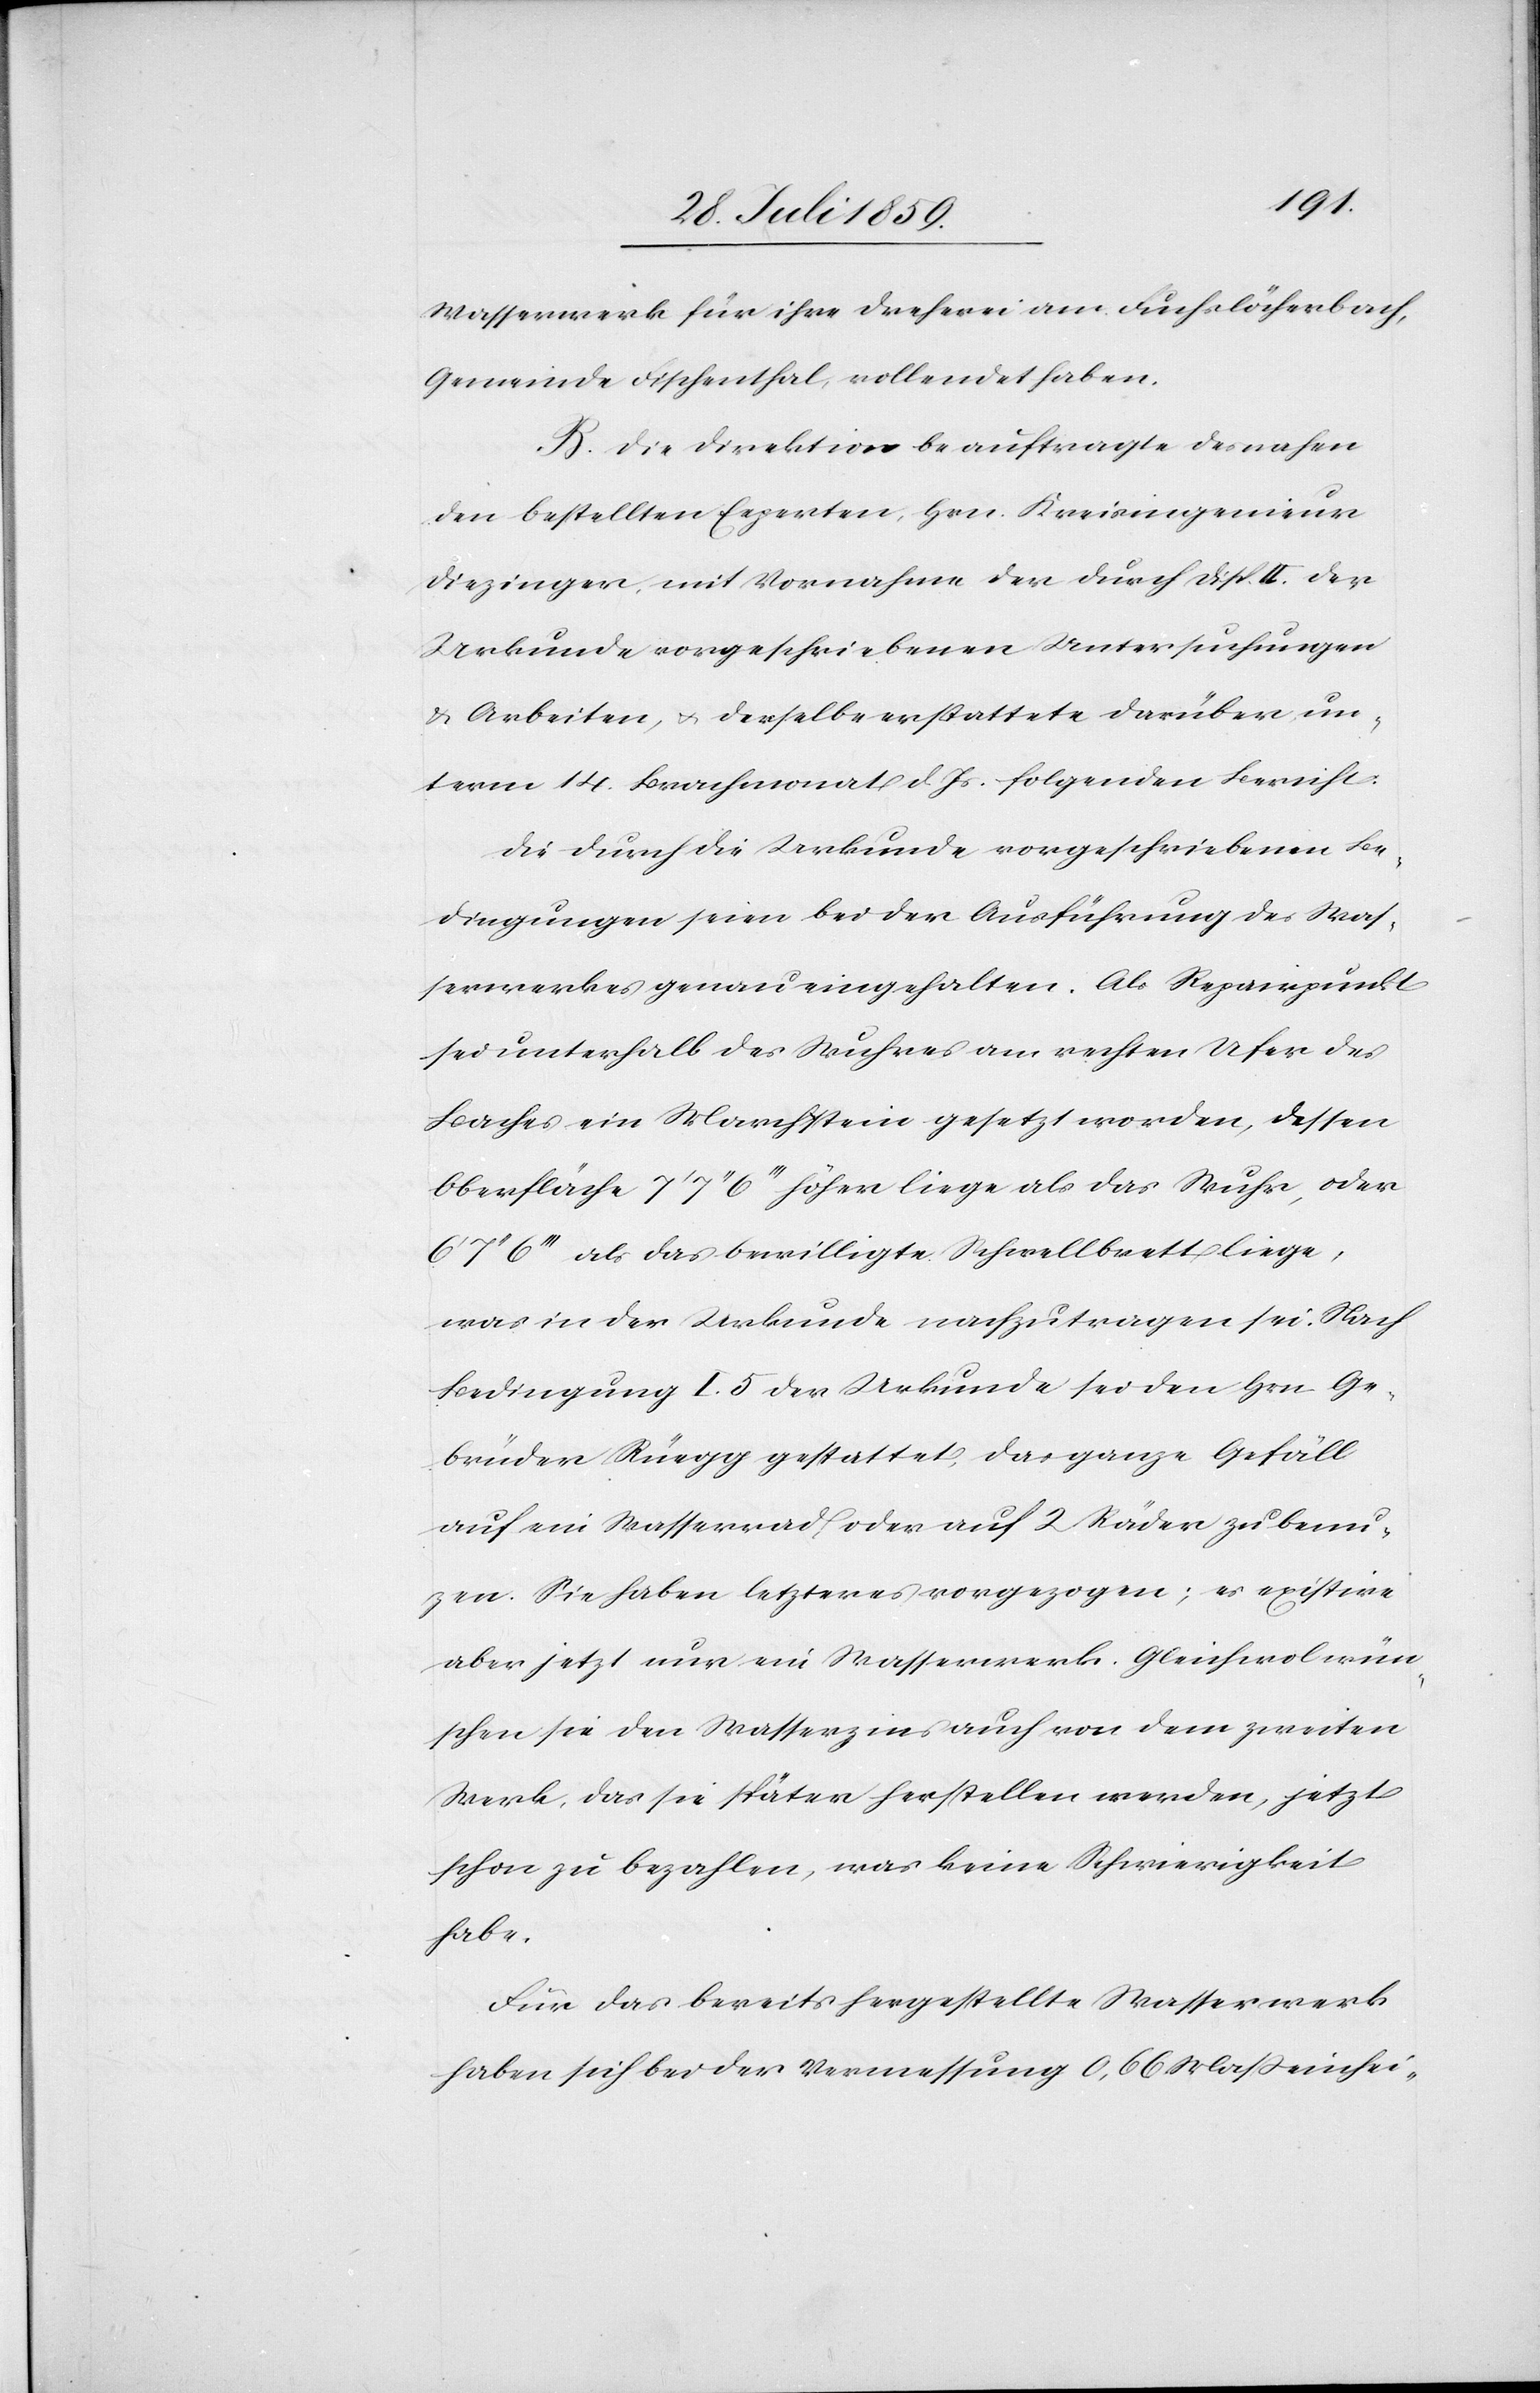
Wasserwerk für ihre Dreherei am Fuchslöcherbach,
Gemeinde Fischenthal, vollendet haben.
B. Die Direktion beauftragte des nahen
den bestellten Experten, Hrn. Kreisingenieur
Diezinger, mit Vornahme der durch Disp. II. der
Urkunde vorgeschriebenen Untersuchungen
u. Arbeiten, u. derselbe erstattete darüber un¬
term 14. Brachmonat d. Js. folgenden Bericht:
Die durch die Urkunde vorgeschriebenen Be¬
dingungen seien bei der Ausführung des Was¬
serwerkes genau eingehalten. Als Repairpunkt
sei unterhalt des Wuhres am rechten Ufer des
Baches ein Marchstein gesetzt worden, dessen
Oberfläche 7’7’’6’’’ höher liege als das Wuhr, oder
6’7’’6’’’ als das bewilligte Schwellbrett liege,
was in der Urkunde nachzutragen sei. Nach
Bedingung I. 5 der Urkunde sei den Hrn. Ge¬
brüder Rüegg gestattet, das ganze Gefäll
auf ein Wasserrad oder auf 2 Räder zu benu¬
zen. Sie haben letzteres vorgezogen; es existiere
aber jetzt nur ein Wasserwerk. Gleichwol wün¬
schen sie den Wasserzins auch von dem zweiten
Werk, das sie später herstellen werden, jetzt
schon zu bezahlen, was keine Schwierigkeit
habe.
Für das bereits hergestellte Wasserwerk
haben sich bei der Vermessung 0,66 Maßeinhei-